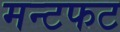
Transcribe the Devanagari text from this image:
मन्टफट